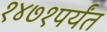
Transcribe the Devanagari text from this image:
१४७१पर्यंत